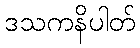
ဒသကနိပါတ်